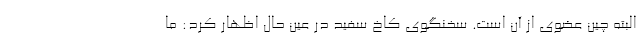
البته چین عضوی از آن است. سخنگوی کاخ سفید در عین حال اظهار کرد: ما